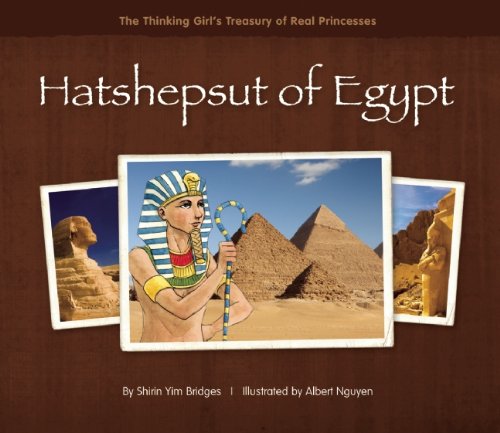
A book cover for Hatshepsut of Egypt (The Thinking Girl's Treasury of Real Princesses); Shirin Yim Bridges; Children's Books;